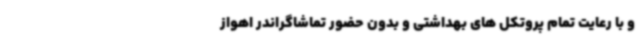
و با رعایت تمام پروتکل های بهداشتی و بدون حضور تماشاگراندر اهواز